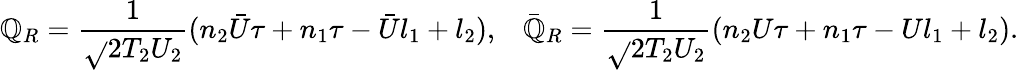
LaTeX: \mathbb{Q}_{R}=\frac{{1}}{{\sqrt{}{{2T_{2}U_{2}}}}}(n_{2}{\bar{{U}}}\tau+n_{1}\tau-{\bar{{U}}}l_{1}+l_{2}),\; \; \; {\bar{{\mathbb{Q}}}}_{R}=\frac{{1}}{{\sqrt{}{{2T_{2}U_{2}}}}}(n_{2}U\tau+n_{1}\tau-Ul_{1}+l_{2}).